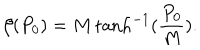
\beta ( P _ { 0 } ) = M \tanh ^ { - 1 } ( \frac { P _ { 0 } } { M } ) .